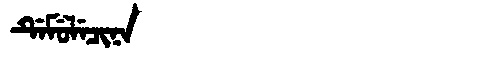
Manchu: ᡩᡝᠮᡠᠯᡝᠴᡳᠨᠠ
Romanization: DEMULECINA